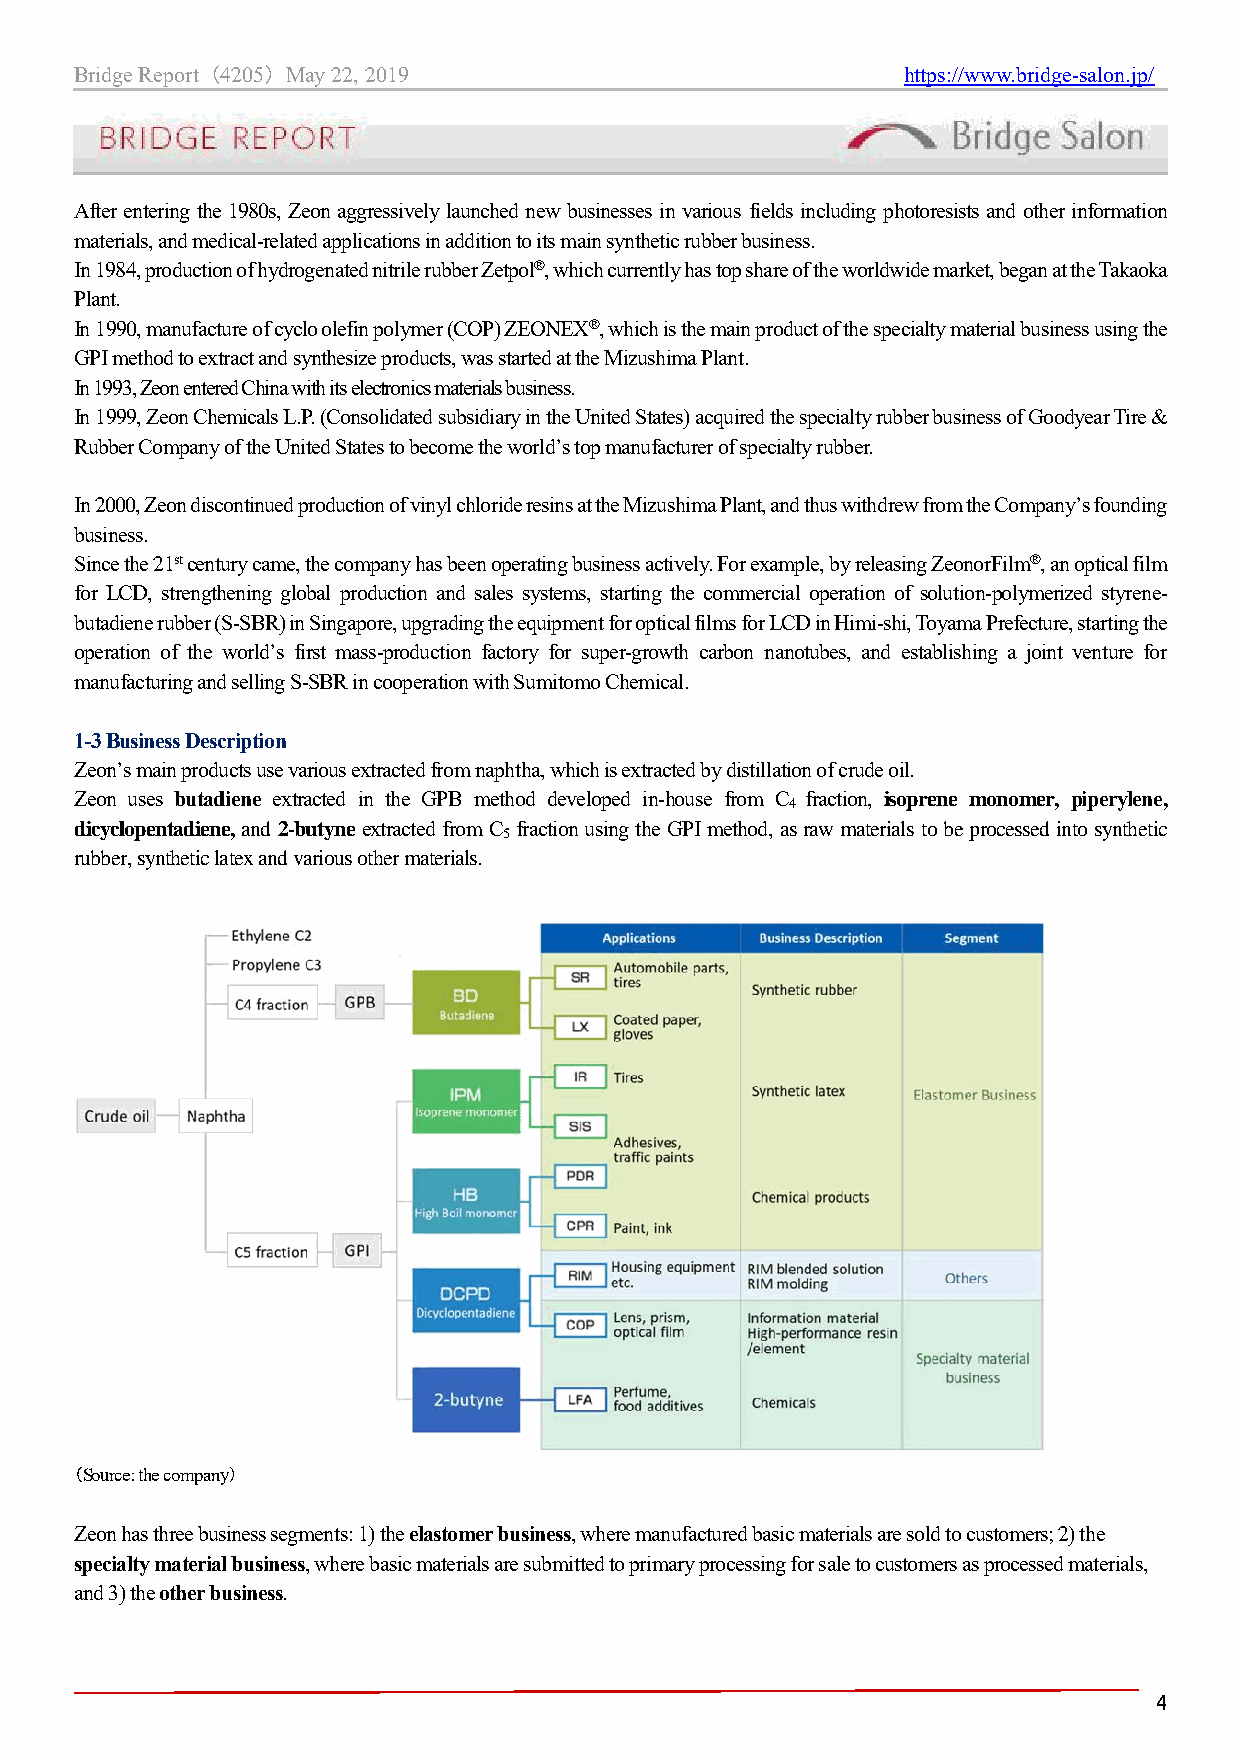
Bridge Report （4205） May 22, 2019                      https://www.bridge-salon.jp/
 After entering the 1980s, Zeon aggressively launched new businesses in various fields including photoresists and other information
 materials, and medical-related applications in addition to its main synthetic rubber business.
 In 1984, production of hydrogenated nitrile rubber Zetpol®, which currently has top share of the worldwide market, began at the Takaoka
 Plant.
 In 1990, manufacture of cyclo olefin polymer (COP) ZEONEX®, which is the main product of the specialty material business using the
 GPI method to extract and synthesize products, was started at the Mizushima Plant.
 In 1993, Zeon entered China with its electronics materials business.
 In 1999, Zeon Chemicals L.P. (Consolidated subsidiary in the United States) acquired the specialty rubber business of Goodyear Tire &
 Rubber Company of the United States to become the world’s top manufacturer of specialty rubber.
 In 2000, Zeon discontinued production of vinyl chloride resins at the Mizushima Plant, and thus withdrew from the Company’s founding
 business.
 Since the 21st century came, the company has been operating business actively. For example, by releasing ZeonorFilm®, an optical film
 for LCD, strengthening global production and sales systems, starting the commercial operation of solution-polymerized styrene-
 butadiene rubber (S-SBR) in Singapore, upgrading the equipment for optical films for LCD in Himi-shi, Toyama Prefecture, starting the
 operation of the world’s first mass-production factory for super-growth carbon nanotubes, and establishing a joint venture for
 manufacturing and selling S-SBR in cooperation with Sumitomo Chemical.
 1-3 Business Description
 Zeon’s main products use various extracted from naphtha, which is extracted by distillation of crude oil.
 Zeon uses butadiene extracted in the GPB method developed in-house from C fraction, isoprene monomer, piperylene,
 4
 dicyclopentadiene, and 2-butyne extracted from C fraction using the GPI method, as raw materials to be processed into synthetic
 5
 rubber, synthetic latex and various other materials.
 （Source: the company）
 Zeon has three business segments: 1) the elastomer business, where manufactured basic materials are sold to customers; 2) the
 specialty material business, where basic materials are submitted to primary processing for sale to customers as processed materials,
 and 3) the other business.
 4